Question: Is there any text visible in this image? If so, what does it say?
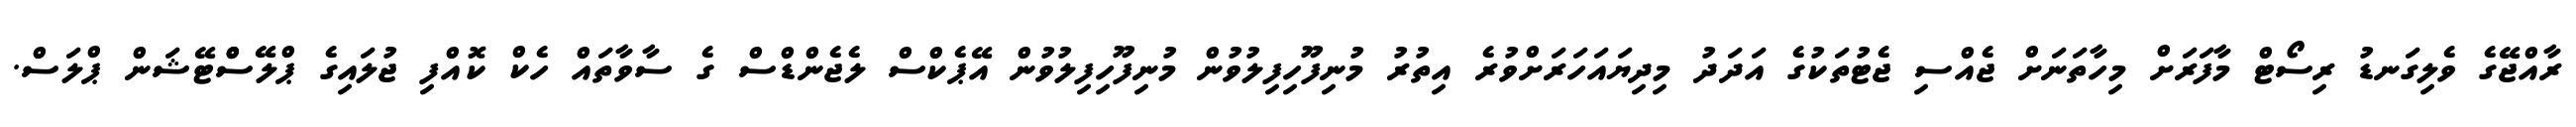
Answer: ރާއްޖޭގެ ވެލިގަނޑު ރިސޯޓް މާފަރަށް މިހާތަނަށް ޖެއްސި ޖެޓުތަކުގެ އަދަދު މިދިޔައަހަރަށްވުރެ އިތުރު މުނިފޫހިފިލުވުން މުނިފޫހިފިލުވުން އޭޕެކްސް ލެޖެންޑްސް ގެ ސާވާތައް ހެކް ކޮއްފި ޖުލައިގެ ޕްލޭސްްޓޭޝަން ޕްލަސް.